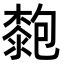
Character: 㯡